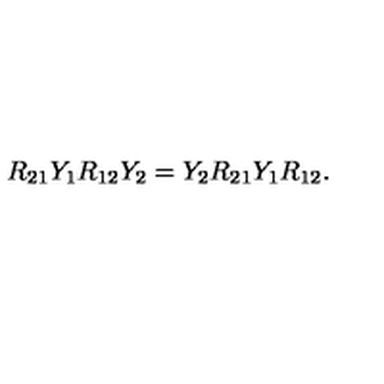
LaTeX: R _ { 2 1 } Y _ { 1 } R _ { 1 2 } Y _ { 2 } = Y _ { 2 } R _ { 2 1 } Y _ { 1 } R _ { 1 2 } .